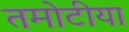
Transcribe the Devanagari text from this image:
तमोटीया